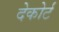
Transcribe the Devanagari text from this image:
देकोर्ट